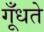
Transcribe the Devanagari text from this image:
गूँधते